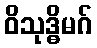
ဝိသုဒ္ဓိမဂ်